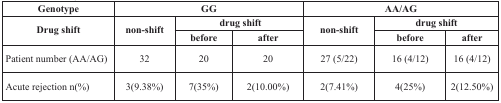
<table><thead><tr><td><b>Genotype</b></td><td colspan="3"><b>GG</b></td><td colspan="3"><b>AA/AG</b></td></tr><tr><td rowspan="2"><b>Drug shift</b></td><td rowspan="2"><b>non-shift</b></td><td colspan="2"><b>drug shift</b></td><td rowspan="2"><b>non-shift</b></td><td colspan="2"><b>drug shift</b></td></tr><tr><td><b>before</b></td><td><b>after</b></td><td><b>before</b></td><td><b>after</b></td></tr></thead><tbody><tr><td>Patient number (AA/AG)</td><td>32</td><td>20</td><td>20</td><td>27 (5/22)</td><td>16 (4/12)</td><td>16 (4/12)</td></tr><tr><td>Acute rejection n(%)</td><td>3(9.38%)</td><td>7(35%)</td><td>2(10.00%)</td><td>2(7.41%)</td><td>4(25%)</td><td>2(12.50%)</td></tr></tbody></table>